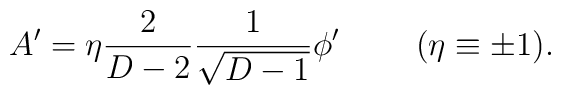
A^{\prime}=\eta{2\over{D-2}}{1\over\sqrt{D-1}}\phi^{\prime}\ \ \ \ \ \ \ (\eta\equiv\pm 1).